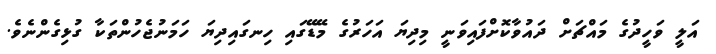
އަލީ ވަހީދުގެ މައްޗަށް ދައުވާކޮށްފައިވަނީ މިދިޔަ އަހަރުގެ މޭޑޭގައި ހިނގައިދިޔަ ހަމަނުޖެހުންތަކާ ގުޅިގެންނެވެ.